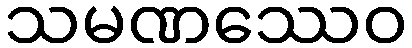
သမဏဿေဝ